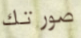
صورتك